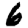
Digit: 6